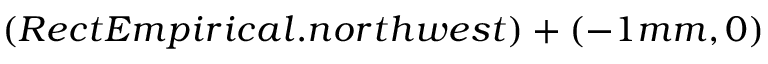
( R e c t E m p i r i c a l . n o r t h w e s t ) + ( - 1 m m , 0 )